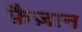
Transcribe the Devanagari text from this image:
फ़ैज़ान